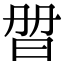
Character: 𣆑